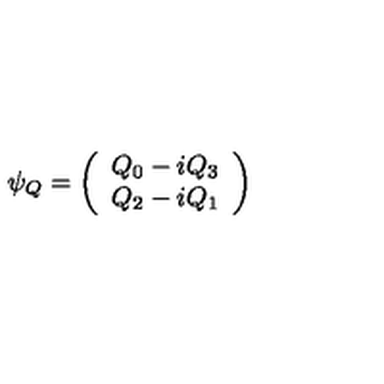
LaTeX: \psi _ { Q } = \left( \begin{array} { c } { Q _ { 0 } - i Q _ { 3 } } \\ { Q _ { 2 } - i Q _ { 1 } } \\ \end{array} \right)